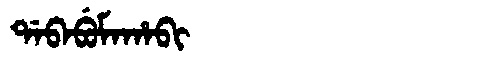
Manchu: ᡩᠠᠪᠠᠪᡠᠮᠠᡥᠠᠪᡳ
Romanization: DABABUMAHABI